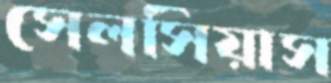
সেলসিয়াস